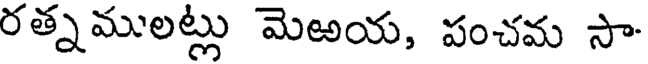
రత్నములట్లు మెఱయ, పంచమ సా